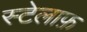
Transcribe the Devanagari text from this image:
स्टेलाफ़